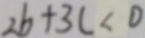
2 b + 3 c < 0